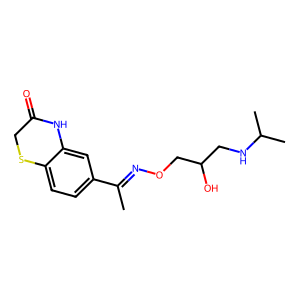
SMILES: CC(=NOCC(O)CNC(C)C)c1ccc2c(c1)NC(=O)CS2
Inhibits HIV replication: No